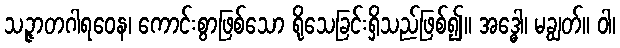
သဉ္ဇာတဂါရဝေန၊ ကောင်းစွာဖြစ်သော ရိုသေခြင်းရှိသည်ဖြစ်၍။ အဒ္ဓေါ၊ မချွတ်။ ဝါ၊